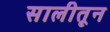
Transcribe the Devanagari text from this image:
सालीतून